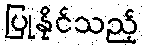
ပြုနိုင်သည့်